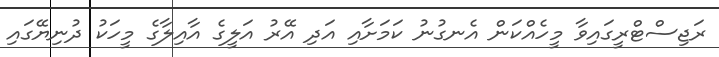
ރަޖިސްޓްރީގައިވާ މީހެއްކަން އެނގުނު ކަމަށާއި އަދި އޭރު އަލީގެ އާއިލާގެ މީހަކު ދުނިޔޭގައި